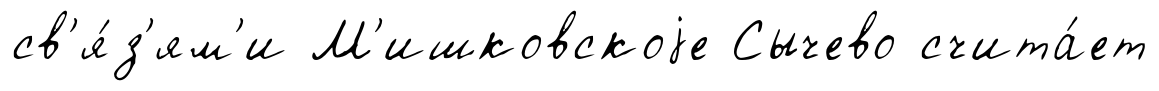
св'я́з'ям'и М'ишковскоjе Сычево счита́ет